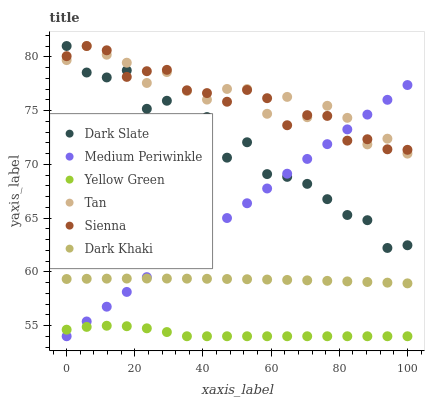
| xaxis_label | Dark Slate | Medium Periwinkle | Yellow Green | Tan | Sienna | Dark Khaki |
 | --- | --- | --- | --- | --- | --- | --- |
 | 0 | 81 | 54 | 54.6 | 79.7 | 80.1 | 59.3 |
 | 5.88 | 78.5 | 55.4 | 54.9 | 81 | 81 | 59.3 |
 | 11.8 | 78.1 | 56.7 | 55 | 80.2 | 80.6 | 59.4 |
 | 17.6 | 78.7 | 58.1 | 54.9 | 79.4 | 78.1 | 59.4 |
 | 23.5 | 75.2 | 59.5 | 54.7 | 77.6 | 78.7 | 59.4 |
 | 29.4 | 75.9 | 60.9 | 54.4 | 78.6 | 78.8 | 59.4 |
 | 35.3 | 73.2 | 62.2 | 54 | 76.8 | 76.9 | 59.4 |
 | 41.2 | 74.4 | 63.6 | 54 | 76 | 76.6 | 59.3 |
 | 47.1 | 70.6 | 65 | 54 | 77 | 75.8 | 59.3 |
 | 52.9 | 72 | 66.4 | 54 | 77 | 76.9 | 59.3 |
 | 58.8 | 69.1 | 67.7 | 54 | 74.7 | 76.1 | 59.3 |
 | 64.7 | 68.8 | 69.1 | 54 | 76.3 | 73.6 | 59.2 |
 | 70.6 | 68.2 | 70.5 | 54 | 74.4 | 74.6 | 59.2 |
 | 76.5 | 66.8 | 71.9 | 54 | 75.4 | 74.5 | 59.2 |
 | 82.4 | 65.3 | 73.2 | 54 | 74.3 | 72.2 | 59.1 |
 | 88.2 | 64.8 | 74.6 | 54 | 71.8 | 72.3 | 59 |
 | 94.1 | 62.2 | 76 | 54 | 72.4 | 71.4 | 59 |
 | 100 | 62.5 | 77.4 | 54 | 71 | 71.3 | 58.9 |